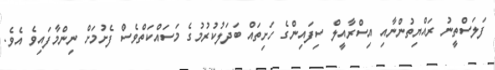
ފަލަސްތީނު ރައްޔިތުންނާއި އިސްރާއީލް ސިފައިންގެ ހަށިތައް ބަދަލުކުރުމުގެ މަސައްކަތްވެސް ފެށުމަށް ނިންމާފައިވެ އެވެ.